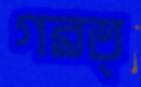
গরত্